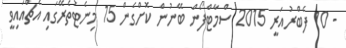
- 10 ފެބްރުއަރީ 2015 ސްމާޓްފޯން ބޭނުން ކޮށްގެން 15 މިނެޓުތެރޭގައި އެޗްއައިވީ